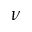
\nu